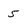
Character: 5